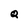
Character: Q